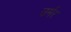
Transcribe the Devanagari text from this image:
उर्मर